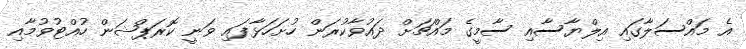
އެ މައްސަލާގައި އިލްޔާސާއި ސާމީގެ މައްޗަށް ދައުވާކުރަން ހުށަހަޅާފައި ވަނީ ކޮރަޕްޝަން ހުއްޓުވުމާއި